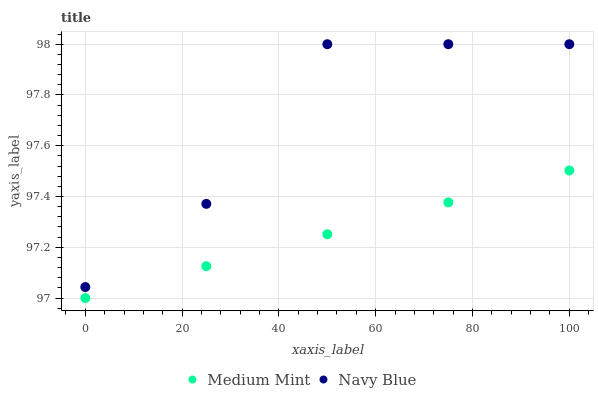
| xaxis_label | Medium Mint | Navy Blue |
 | --- | --- | --- |
 | 0 | 97 | 97 |
 | 25 | 97.1 | 97.4 |
 | 50 | 97.3 | 98 |
 | 75 | 97.4 | 98 |
 | 100 | 97.5 | 98 |